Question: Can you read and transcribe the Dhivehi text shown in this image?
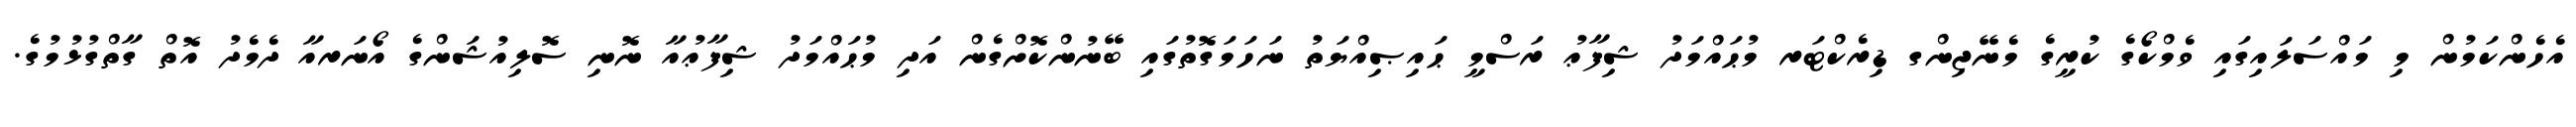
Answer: އެހެންކަމުން މި މައްސަލައިގައި ވެމްކޯގެ ކުރީގެ މެނޭޖިންގ ޑިރެކްޓަރ މުޙައްމަދު ޝިފާޢު ރަސްމީ ޙައިޞިއްޔަތު ނަހަމަގޮތުގައި ބޭނުންކޮށްގެން އަދި މުޙައްމަދު ޝިފާޢުއާ ނޮނި ސޮލިއުޝަންގެ އޯނަރއާ ދެމެދު އޮތް ގާތްގުޅުމުގެ.